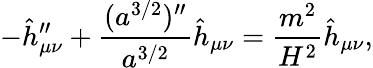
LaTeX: -\hat{h}_{\mu\nu}^{\prime\prime}+{\frac{(a^{3/2})^{\prime\prime}}{a^{3/2}}}\hat{h}_{\mu\nu}={\frac{m^{2}}{H^{2}}}\hat{h}_{\mu\nu},